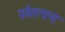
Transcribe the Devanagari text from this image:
पर्वतरचना